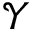
\mathcal { Y }